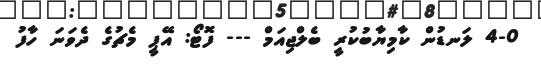
4-0 ލަނޑުން ކާމިޔާބުކުރީ ބެލްޖިއަމް --- ފޮޓޯ: އޭޕީ މެޗުގެ ދެވަނަ ހާފު